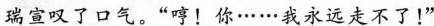
瑞宣叹了口气。“哼!你······我永远走不了！”